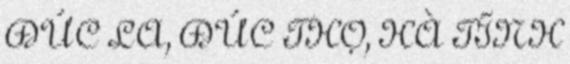
ĐỨC LA, ĐỨC THỌ, HÀ TĨNH